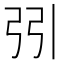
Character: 𢏄